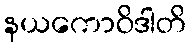
နယကောဝိဒါတိ